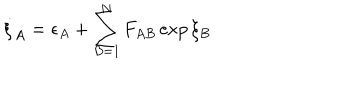
\dot { \xi } _ { A } = \epsilon _ { A } + \sum _ { B = 1 } ^ { N } F _ { A B } \exp \xi _ { B }